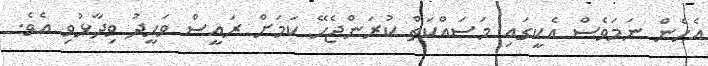
އެހެން ނަމަވެސް އެކީގައި މަސައްކަތް ކުރަންޖެހޭ ކަމަށް ރައީސް ވަހީދު ވިދާޅުވި އެވެ.